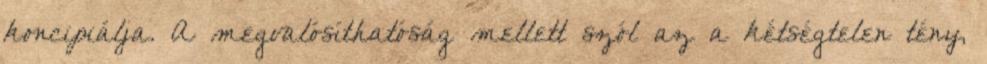
koncipiálja. A megvalósíthatóság mellett szól az a kétségtelen tény,